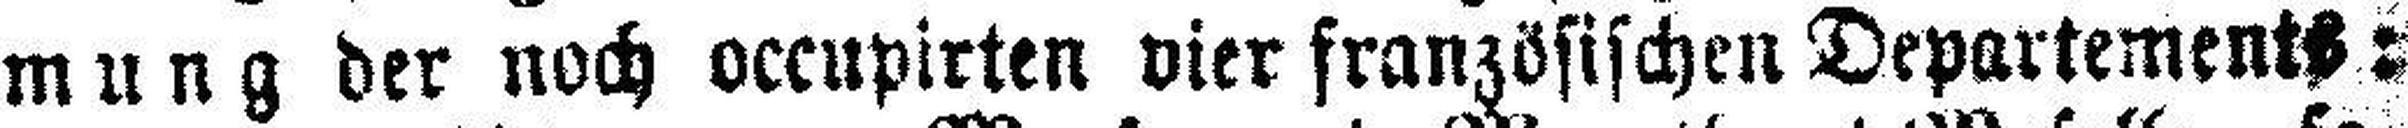
mung der noch occupirten vier französischen Departements=